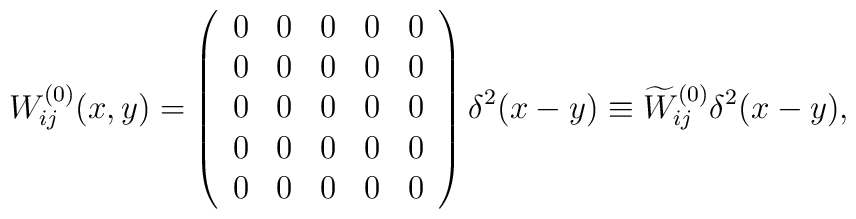
W^{(0)}_{ij}(x,y) = \left(\begin{array}{ccccc}                    0 & 0 & 0 & 0 & 0 \\                    0 & 0 & 0 & 0 & 0 \\                    0 & 0 & 0 & 0 & 0 \\                    0 & 0 & 0 & 0 & 0 \\                      0 & 0 & 0 & 0 & 0                  \end{array}                    \right)\delta^2(x-y)                 \equiv \widetilde{W}^{(0)}_{ij}\delta^2(x-y),